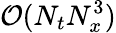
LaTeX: \mathcal{O}(N_{t}N_{x}^{3})